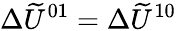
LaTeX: \Delta\widetilde U^{01}=\Delta\widetilde U^{10}